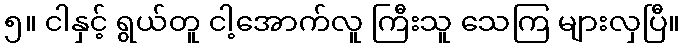
၅။ ငါနှင့် ရွယ်တူ ငါ့အောက်လူ ကြီးသူ သေကြ များလှပြီ။